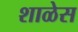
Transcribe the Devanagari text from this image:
शाळेस